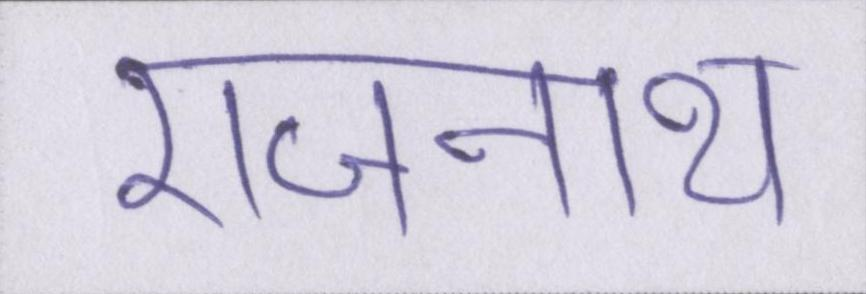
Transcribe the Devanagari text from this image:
राजनाथ